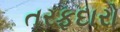
તરફદારો